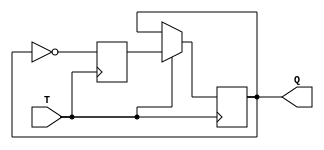
module tLatch (
    input T,
    output reg Q
);

reg D;

// T latch logic
always @ (posedge T) begin
    D <= ~Q;
    Q <= T ? D : Q;
end

endmodule